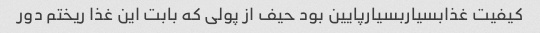
کیفیت غذابسیاربسیارپایین بود حیف از پولی که بابت این غذا ریختم دور